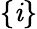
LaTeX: \{ \mathit{i}\}